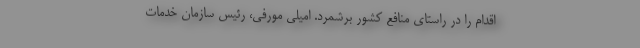
اقدام را در راستای منافع کشور برشمرد. امیلی مورفی، رئیس سازمان خدمات